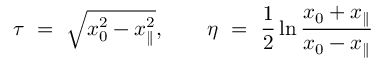
\tau \ = \ \sqrt { x _ { 0 } ^ { 2 } - x _ { \parallel } ^ { 2 } } , \qquad \eta \ = \ \frac { 1 } { 2 } \ln \frac { x _ { 0 } + x _ { \parallel } } { x _ { 0 } - x _ { \parallel } }